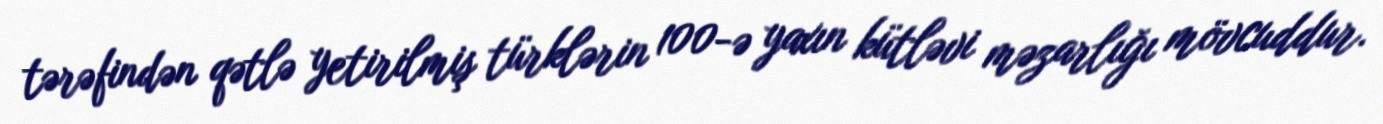
tərəfindən qətlə yetirilmiş türklərin 100-ə yaxın kütləvi məzarlığı mövcuddur.